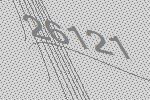
26121